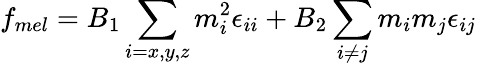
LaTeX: f_{mel}=B_{1}\sum_{i=x,y,z}m_{i}^{2}\epsilon_{ii}+B_{2}\sum_{i\neq j}m_{i}m_{j}\epsilon_{ij}